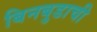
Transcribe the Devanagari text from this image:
बिनबुडाची